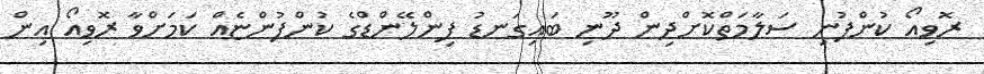
ރޮވިއޯ ކުންފުނި ސަލާމަތްކޮށްދިން ދޫނި ބައިގަނޑު ފިންލޭންޑްގެ ކުންފުންޏެއް ކަމަށްވާ ރޮވިއޯ އިން